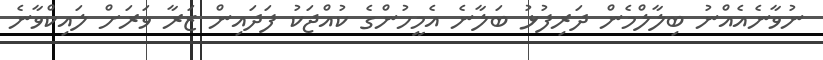
ނުވާނެއެއްނު ބިލާލްމެން ދަރިފުޅު ބަލާނެ އެމީހުންގެ ކުއްޖަކު ފަދައިން ޒަރާ ވަރަށް ލައިކްވާނެ